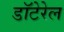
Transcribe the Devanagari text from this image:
डॉटेरेल